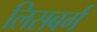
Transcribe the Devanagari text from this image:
लिसबर्ग